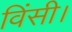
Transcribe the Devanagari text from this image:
विंसी।